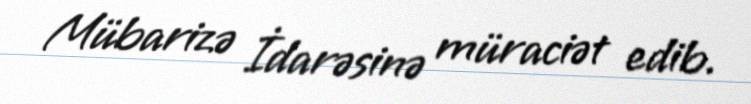
Mübarizə İdarəsinə müraciət edib.